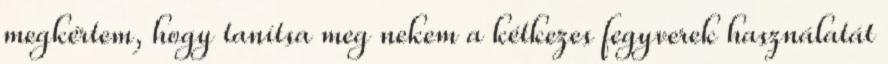
megkértem, hogy tanítsa meg nekem a kétkezes fegyverek használatát